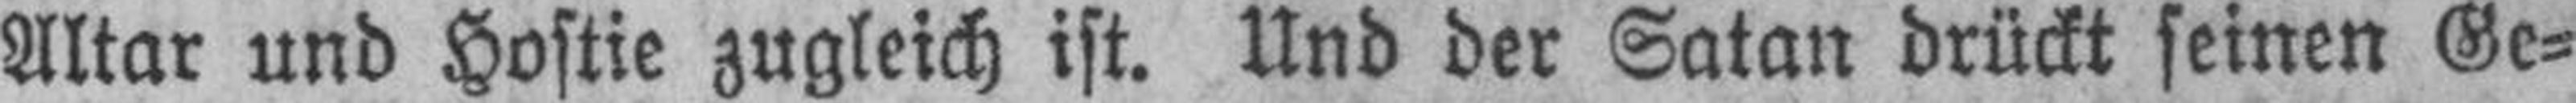
Altar und Hostie zugleich ist. Und der Satan drückt seinen Ge¬